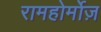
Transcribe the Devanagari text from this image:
रामहोर्मोज़